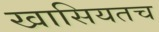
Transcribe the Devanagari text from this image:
खासियतच